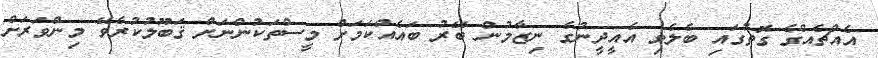
އެއްޗެއްގެ ގޮތުގައި ބެލެވި އެއީދީނުގެ ނިޒާމުން ބޭރު ބައެއްކަމަށް މީސްތަކުންނަށް ޤަބޫލުކުރެވޭ މިންވަރަށް